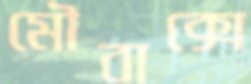
মৌবাক্সে